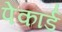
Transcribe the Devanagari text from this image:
पेकार्ड